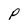
Character: P